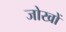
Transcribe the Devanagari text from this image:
जोखों